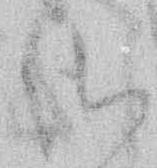
御